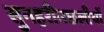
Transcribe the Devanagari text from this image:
सुनहरीमछलीयों